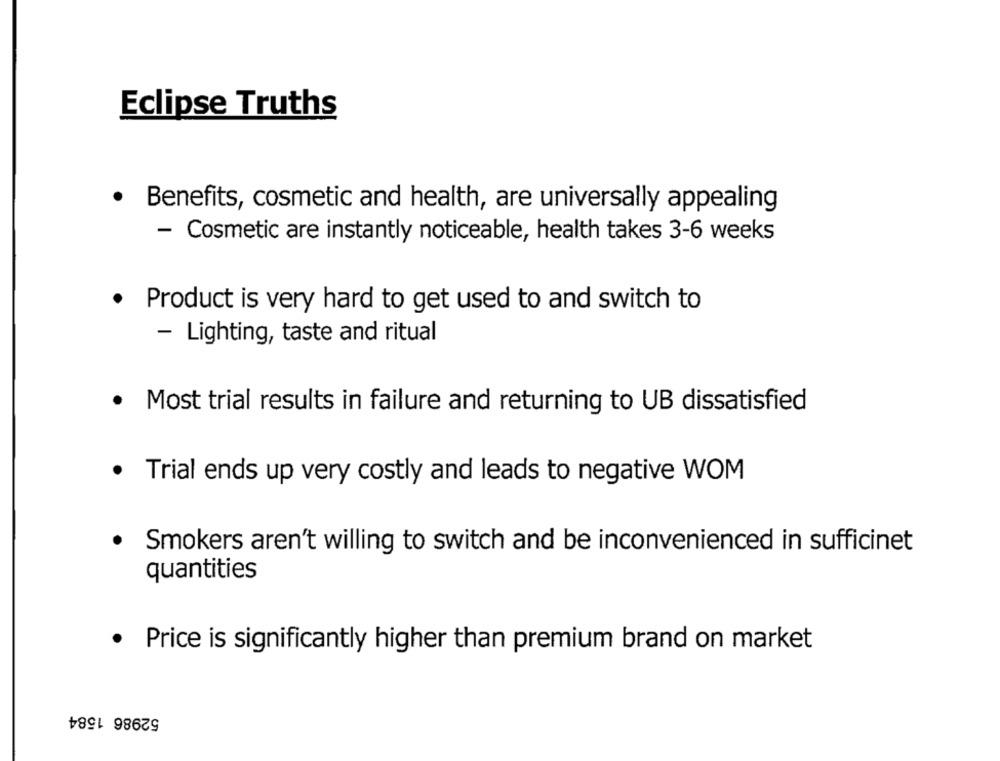
Eclipse Truths
· Benefits, cosmetic and health, are universally appealing
- Cosmetic are instantly noticeable, health takes 3-6 weeks
· Product is very hard to get used to and switch to
- Lighting, taste and ritual
· Most trial results in failure and returning to UB dissatisfied
· Trial ends up very costly and leads to negative WOM
· Smokers aren't willing to switch and be inconvenienced in sufficinet
quantities
· Price is significantly higher than premium brand on market
52986 1584